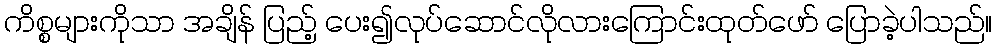
ကိစ္စများကိုသာ အချိန် ပြည့် ပေး၍လုပ်ဆောင်လိုလားကြောင်းထုတ်ဖော် ပြောခဲ့ပါသည်။